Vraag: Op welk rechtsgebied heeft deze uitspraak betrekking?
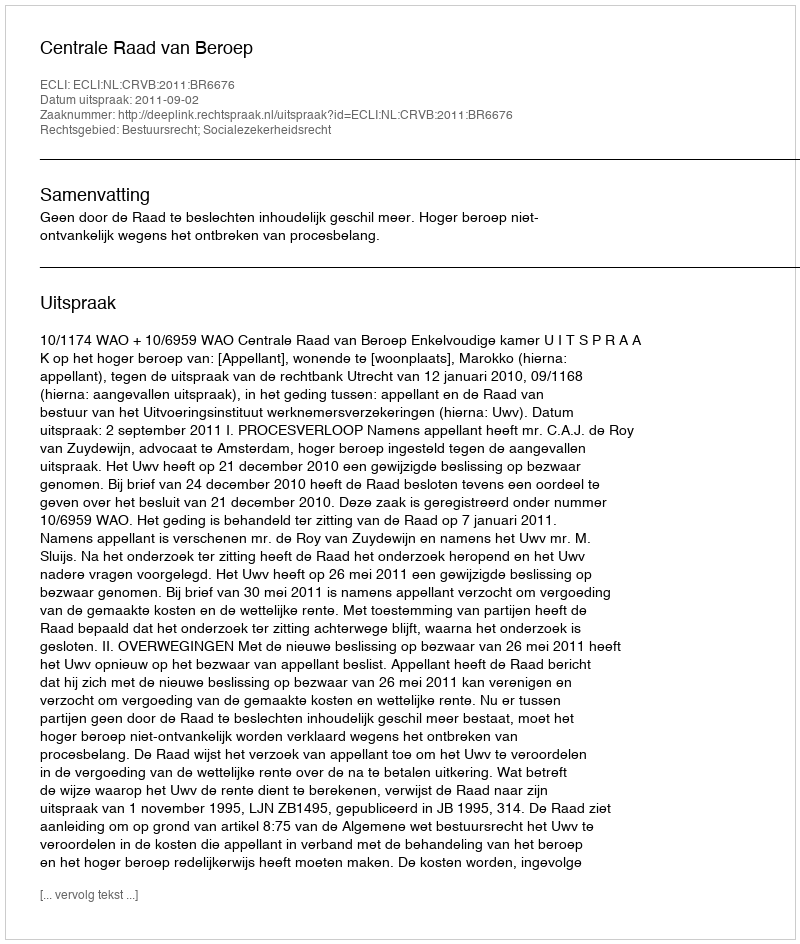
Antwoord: Bestuursrecht; Socialezekerheidsrecht